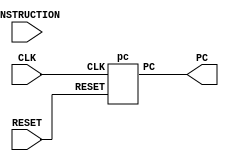

module cpu(PC, INSTRUCTION, CLK, RESET);

    input CLK, RESET;
    input [31:0] INSTRUCTION;

    output [31:0] PC;

    pc p(RESET, CLK, PC);

endmodule

module control_unit(OPCODE, WRITEENABLE, COMP_SELECT, IMMEDIATE_SELECT, ALUOP);

    input [7:0] OPCODE;
    output reg WRITEENABLE, COMP_SELECT, IMMEDIATE_SELECT;
    output reg [2:0] ALUOP;

    always @(OPCODE) begin 

        #1

        case (OPCODE)
            8'b0000_0000: begin
                WRITEENABLE = 1'b1;
                COMP_SELECT = 1'b0;
                IMMEDIATE_SELECT = 1'b1;
                ALUOP = 3'b000;
            end

            8'b0000_0001: begin
                WRITEENABLE = 1'b1;
                COMP_SELECT = 1'b0;
                IMMEDIATE_SELECT = 1'b0;
                ALUOP = 3'b000;
            end

            8'b0000_0010: begin
                WRITEENABLE = 1'b1;
                COMP_SELECT = 1'b0;
                IMMEDIATE_SELECT = 1'b0;
                ALUOP = 3'b001;
            end

            8'b0000_0011: begin
                WRITEENABLE = 1'b1;
                COMP_SELECT = 1'b1;
                IMMEDIATE_SELECT = 1'b0;
                ALUOP = 3'b001;
            end

            8'b0000_0100: begin
                WRITEENABLE = 1'b1;
                COMP_SELECT = 1'b0;
                IMMEDIATE_SELECT = 1'b0;
                ALUOP = 3'b010;
            end

            8'b0000_0101: begin
                WRITEENABLE = 1'b1;
                COMP_SELECT = 1'b0;
                IMMEDIATE_SELECT = 1'b0;
                ALUOP = 3'b011;
            end

        endcase

    end

endmodule

module pc(RESET, CLK, PC);

    input RESET, CLK;
    output reg [31:0] PC;
    
    reg [31:0] PC_NEXT;
    wire [31:0] adder_out;

    pc_add pc_adder(PC, adder_out);

    initial
    PC = 0;

    always @(adder_out)
    PC_NEXT = adder_out;

    always @(posedge CLK) begin
        #1 PC = PC_NEXT;
    end 

endmodule

module pc_add(PC, adder_out);

    input [31:0] PC;
    output [31:0] adder_out;

    assign #1 adder_out = PC + 1;

endmodule